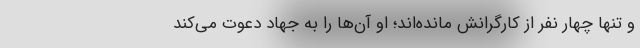
و تنها چهار نفر از کارگرانش مانده‌اند؛ او آن‌ها را به جهاد دعوت می‌کند